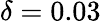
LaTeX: \delta=0.03